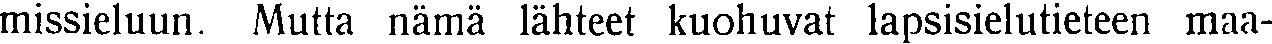
missieluun. Mutta nämä lähteet kuohuvat lapsisielutieteen maa-